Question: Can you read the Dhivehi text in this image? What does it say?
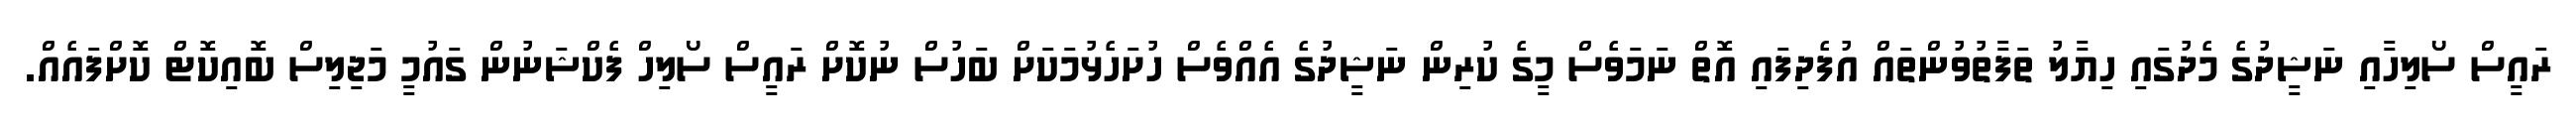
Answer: ރައީސް ސޯލިހާއި ނަޝީދުގެ މެދުގައި ހިޔާލު ތަފާތުވުންތައް އުފެދިފައި އޮތް ނަމަވެސް މީގެ ކުރިން ނަޝީދުގެ އެއްވެސް ހުށަހެޅުމަކަށް ބަހުސް ނުކޮށް ރައީސް ސޯލިހް ފެކްޝަނުން ގައުމީ މަޖިލިސް ބޮއިކޮޓް ކޮށްފައެއް.